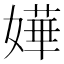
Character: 嬅